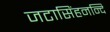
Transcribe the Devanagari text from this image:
जटासिंहनन्दि